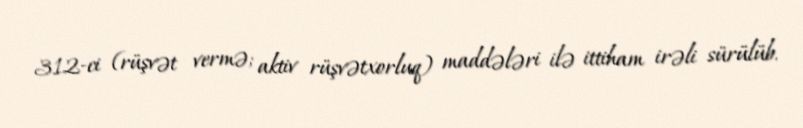
312-ci (rüşvət vermə; aktiv rüşvətxorluq) maddələri ilə ittiham irəli sürülüb.